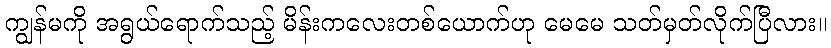
ကျွန်မကို အရွယ်ရောက်သည့် မိန်းကလေးတစ်ယောက်ဟု မေမေ သတ်မှတ်လိုက်ပြီလား။